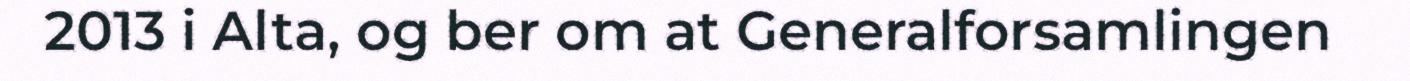
2013 i Alta, og ber om at Generalforsamlingen